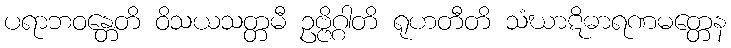
ပရာဘဝန္တေတိ ဝိသယသတ္တမီ ဥဗ္ဗိဂ္ဂါတိ ရုဟတီတိ သံဃာဋိဓာရဏမတ္တေန